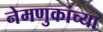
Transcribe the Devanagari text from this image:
नेमणुकांच्या